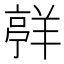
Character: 𮊯